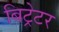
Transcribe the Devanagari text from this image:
बिट्रेटर